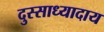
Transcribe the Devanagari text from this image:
दुस्साध्यादाय